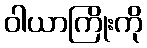
ဝါယာကြိုးကို